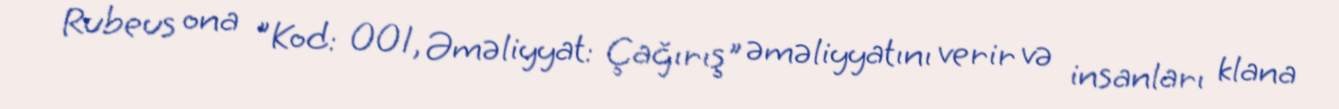
Rubeus ona "Kod: 001, Əməliyyat: Çağırış" əməliyyatını verir və insanları klana